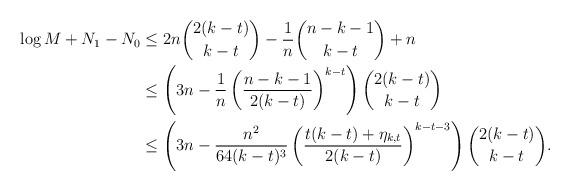
LaTeX: \begin{align*}\log M + N_1 - N_0 &\le 2n \binom{2(k-t)}{k-t} - \frac{1}{n} \binom{n-k-1}{k-t} + n \\&\le \left( 3n - \frac{1}{n} \left( \frac{n-k-1}{2(k-t)} \right)^{k-t} \right) \binom{2(k-t)}{k-t} \\&\le \left( 3n - \frac{n^2}{64 (k-t)^3} \left( \frac{t(k-t) + \eta_{k,t}}{2(k-t)} \right)^{k-t-3} \right) \binom{2(k-t)}{k-t}. \end{align*}